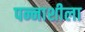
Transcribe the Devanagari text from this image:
पन्नाशीला